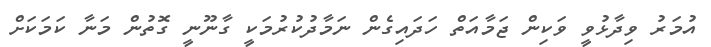
އުމަރު ވިދާޅުވީ ވަކިން ޖަމާއަތް ހަދައިގެން ނަމާދުކުރުމަކީ ގާނޫނީ ގޮތުން މަނާ ކަމަކަށް